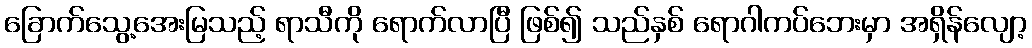
ခြောက်သွေ့အေးမြသည့် ရာသီကို ရောက်လာပြီ ဖြစ်၍ သည်နှစ် ရောဂါကပ်ဘေးမှာ အရှိန်လျော့